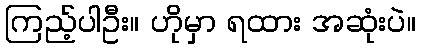
ကြည့်ပါဦး။ ဟိုမှာ ရထား အဆုံးပဲ။